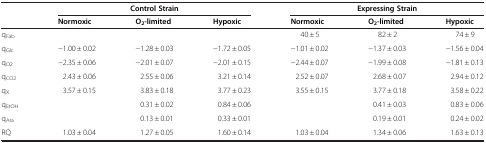
| <ROWSPAN=2>  |  | Control Strain |  |  | Expressing Strain |  |
 | Normoxic | O2-limited | Hypoxic | Normoxic | O2-limited | Hypoxic |
 | --- | --- | --- | --- | --- | --- | --- |
 | qFab |  |  |  | 40 ± 5 | 82 ± 2 | 74 ± 9 |
 | qGlc | −1.00 ± 0.02 | −1.28 ± 0.03 | −1.72 ± 0.05 | −1.01 ± 0.02 | −1.37 ± 0.03 | −1.56 ± 0.04 |
 | qO2 | −2.35 ± 0.06 | −2.01 ± 0.07 | −2.01 ± 0.15 | −2.44 ± 0.07 | −1.99 ± 0.08 | −1.81 ± 0.13 |
 | qCO2 | 2.43 ± 0.06 | 2.55 ± 0.06 | 3.21 ± 0.14 | 2.52 ± 0.07 | 2.68 ± 0.07 | 2.94 ± 0.12 |
 | qX | 3.57 ± 0.15 | 3.83 ± 0.18 | 3.77 ± 0.23 | 3.55 ± 0.15 | 3.77 ± 0.18 | 3.58 ± 0.22 |
 | qEtOH |  | 0.31 ± 0.02 | 0.84 ± 0.06 |  | 0.41 ± 0.03 | 0.83 ± 0.06 |
 | qAra |  | 0.13 ± 0.01 | 0.33 ± 0.01 |  | 0.19 ± 0.01 | 0.24 ± 0.02 |
 | RQ | 1.03 ± 0.04 | 1.27 ± 0.05 | 1.60 ± 0.14 | 1.03 ± 0.04 | 1.34 ± 0.06 | 1.63 ± 0.13 |